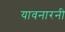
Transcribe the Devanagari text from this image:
यावनारनी